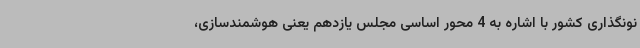
نونگذاری کشور با اشاره به 4 محور اساسی مجلس یازدهم یعنی هوشمندسازی،